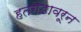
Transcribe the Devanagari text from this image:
हतगडावरून